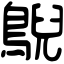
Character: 鶃